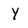
Character: y